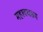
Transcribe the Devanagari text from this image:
महावधसम